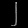
Digit: ၂